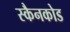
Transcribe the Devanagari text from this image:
स्कैनकोड